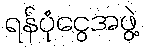
ရန်ပုံငွေအဖွဲ့